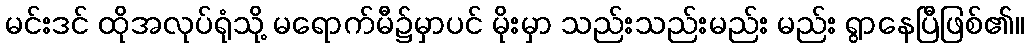
မင်းဒင် ထိုအလုပ်ရုံသို့ မရောက်မီ၌မှာပင် မိုးမှာ သည်းသည်းမည်း မည်း ရွာနေပြီဖြစ်၏။